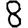
Digit: 8